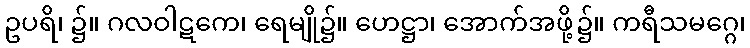
ဥပရိ၊ ၌။ ဂလဝါဋကေ၊ ရေမျို၌။ ဟေဋ္ဌာ၊ အောက်အဖို့၌။ ကရီသမဂ္ဂေ၊